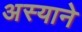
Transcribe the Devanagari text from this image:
अस्याने